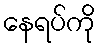
နေရပ်ကို